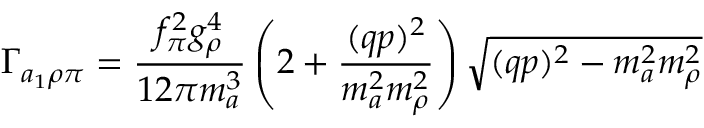
\Gamma _ { a _ { 1 } \rho \pi } = \frac { f _ { \pi } ^ { 2 } g _ { \rho } ^ { 4 } } { 1 2 \pi m _ { a } ^ { 3 } } \left( 2 + \frac { ( q p ) ^ { 2 } } { m _ { a } ^ { 2 } m _ { \rho } ^ { 2 } } \right) \sqrt { ( q p ) ^ { 2 } - m _ { a } ^ { 2 } m _ { \rho } ^ { 2 } }